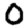
Digit: 0